Annual report on the mental hospital in the Central Provinces and Berar (Nagpur) - 1927-1951
Year: 1927
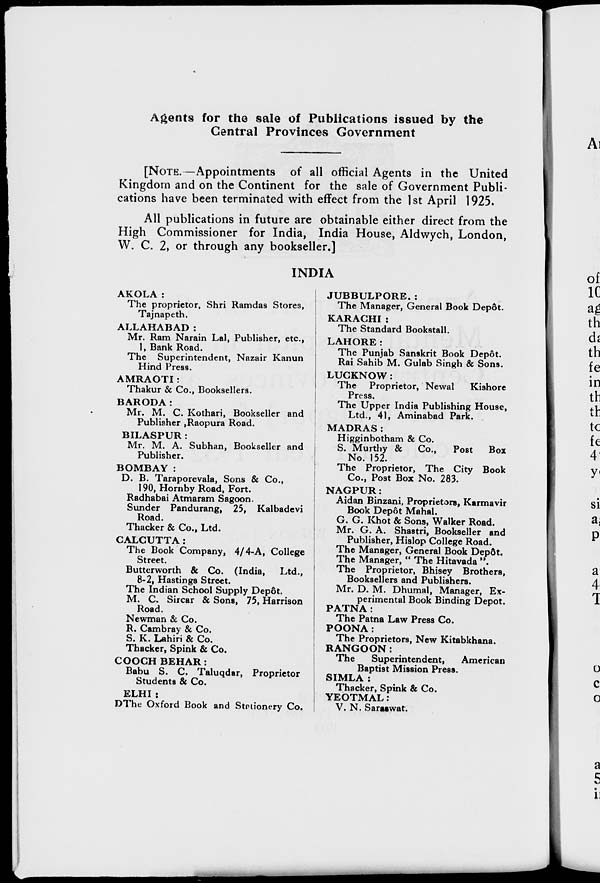
Agents for the sale of Publications issued by the
Central Provinces Government
[NOTE.—Appointments of all official Agents in the United
Kingdom and on the Continent for the sale of Government Publi-
cations have been terminated with effect from the 1st April 1925.
All publications in future are obtainable either direct from the
High Commissioner for India, India House, Aldwych, London,
W. C. 2, or through any bookseller.]
INDIA
AKOLA :
The proprietor, Shri Ramdas Stores,
Tajnapeth.
ALLAHABAD:
Mr. Ram Narain Lal, Publisher, etc.,
1, Bank Road.
The Superintendent, Nazair Kanun
Hind Press.
AMRAOTI :
Thakur & Co., Booksellers.
BARODA:
Mr. M. C. Kothari, Bookseller and
Publisher ,Raopura Road.
BILASPUR:
Mr. M. A. Subhan, Bookseller and
Publisher.
BOMBAY :
D. B. Taraporevala, Sons & Co.,
190, Hornby Road, Fort.
Radhabai Atmaram Sagoon.
Sunder Pandurang, 25, Kalbadevi
Road.
Thacker & Co., Ltd.
CALCUTTA:
The Book Company, 4/4-A, College
Street.
Butterworth & Co. (India,
Ltd.,
8-2, Hastings Street.
The Indian School Supply Depôt.
M. C. Sircar & Sons, 75, Harrison
Road.
Newman & Co.
R. Cambray & Co.
S. K. Lahiri & Co.
Thacker, Spink & Co.
COOCH BEHAR:
Babu S. C. Taluqdar, Proprietor
Students & Co.
DELHI :
The Oxford Book and Stationery Co.
JUBBULPORE. :
The Manager, General Book Depôt.
KARACHI :
The Standard Bookstall.
LAHORE:
The Punjab Sanskrit Book Depôt.
Rai Sahib M. Gulab Singh & Sons.
LUCKNOW:
The Proprietor, Newal
Kishore
Press.
The Upper India Publishing House,
Ltd., 41, Aminabad Park.
MADRAS:
Higginbotham & Co.
S. Murthy & Co.,
Post
Box
No. 152.
The Proprietor, The City Book
Co., Post Box No. 283.
NAGPUR:
Aidan Binzani, Proprietors, Karmavir
Book Depôt Mahal.
G. G. Khot & Sons, Walker Road.
Mr. G. A. Shastri, Bookseller and
Publisher, Hislop College Road.
The Manager, General Book Depôt.
The Manager, " The Hitavada ".
The Proprietor, Bhisey Brothers,
Booksellers and Publishers.
Mr. D. M. Dhumal, Manager, Ex-
perimental Book Binding Depot.
PATNA:
The Patna Law Press Co.
POONA:
The Proprietors, New Kitabkhana.
RANGOON:
The
Superintendent,
American
Baptist Mission Press.
SIMLA :
Thacker, Spink & Co.
YEOTMAL:
V. N. Saraswat.